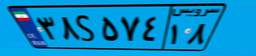
۳۸S۵۷۴۱۸